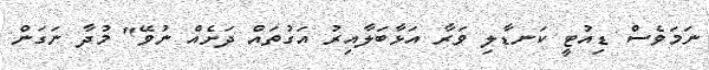
ނަމަވެސް ޑިއުޓީ ކަނޑާލި ވަރާ އަޅާބަލާއިރު އަގުތައް ދަށެއް ނުވޭ" މުދާ ނަގަން